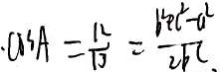
\cdot \cos A = \frac { 1 2 } { 1 3 } = \frac { b ^ { 2 } + c ^ { 2 } - a ^ { 2 } } { 2 b c }